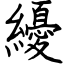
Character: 纋